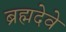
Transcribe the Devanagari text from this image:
ब्रह्मदेवे